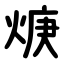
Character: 焿